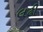
લઢી